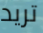
تريد